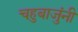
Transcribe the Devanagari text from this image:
चहुबाजुंनी